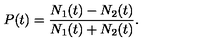
P ( t ) = \frac { N _ { 1 } ( t ) - N _ { 2 } ( t ) } { N _ { 1 } ( t ) + N _ { 2 } ( t ) } .